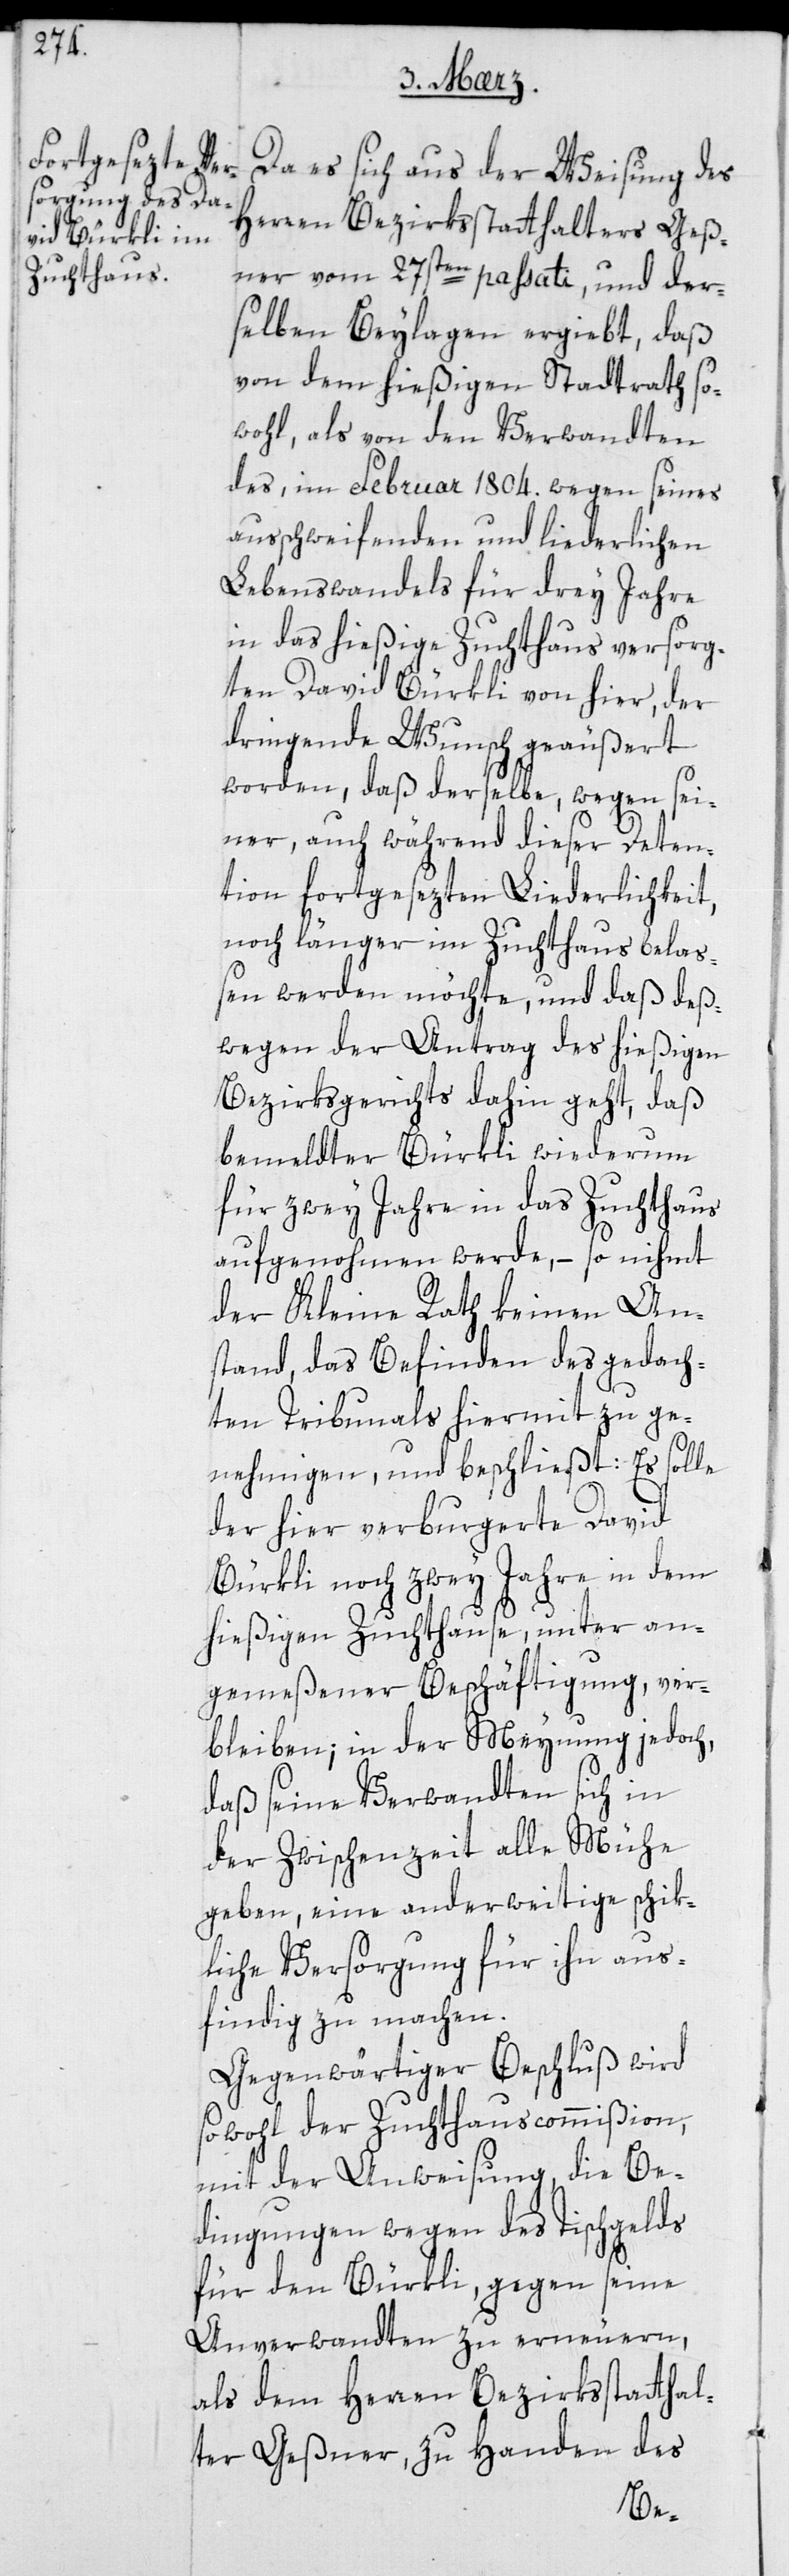
Da es sich aus der Weisung des
Herren Bezirksstatthalters Geß¬
ner vom 27sten paßati, und der¬
selben Beylagen ergiebt, daß
von dem hießigen Stadtrath so¬
wohl, als von den Verwandten
des, im Februar 1804. wegen seines
ausschweifenden und liederlichen
Lebenswandels für drey Jahre
in das hießige Zuchthaus versorg¬
ten David Bürkli von hier, der
dringende Wunsch geäußert
worden, daß derselbe, wegen sei¬
ner auch während dieser Deten¬
tion fortgesezten Liederlichkeit,
noch länger im Zuchthaus bela¬
ßen werden möchte, und daß deß¬
wegen der Antrag des hießigen
Bezirksgerichts dahin geht, daß
bemeldter Bürkli wiederum
für zwey Jahre in das Zuchthaus
aufgenohmen werde, – so nimmt
der Kleine Rath keinen An¬
stand, das Befinden des gedach¬
ten Tribunals hiermit zu ge¬
nehmigen, und beschließt: Es solle
der hier verburgerte David
Bürkli noch zwey Jahre in dem
hießigen Zuchthause, unter an¬
gemeßener Beschäftigung, ver¬
bleiben; in der Meynung jedoch,
daß seine Verwandten sich in
der Zwischenzeit alle Mühe
geben, eine anderweitige schik¬
liche Versorgung für ihn aus¬
findig zu machen.
Gegenwärtiger Beschluß wird
sowohl der Zuchthauscommißion
mit der Anweisung, die Be¬
dingungen wegen des Tischgelds
für den Bürkli, gegen seine
Anverwandten zu erneuern,
als dem Herren Bezirksstatthal¬
ter Geßner, zu Handen des